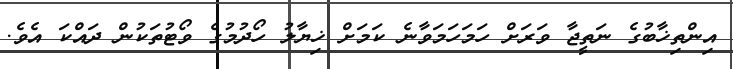
އިންތިޚާބުގެ ނަތީޖާ ވަރަށް ހަމަހަމަވާނެ ކަމަށް ޚިޔާލު ހޯދުމުގެ ވޯޓުތަކުން ދައްކަ އެވެ.